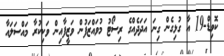
ކޮވިޑް-19 އާ ގުޅިގެން ގިނަ އަދަދެއްގެ ރިސޯޓު މުވައްޒަފުން ވަޒީފާއިން ވަކިކުރާ މައްސަލައާ